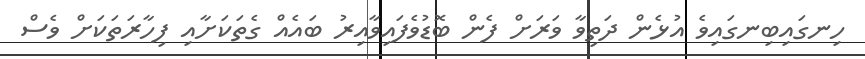
ހިނގައިބިނގައިވެ އުޅެން ދަތިވާ ވަރަށް ފެން ބޮޑުވެފައިވާއިރު ބައެއް ގެތަކަށާއި ފިހާރަތަކަށް ވެސް